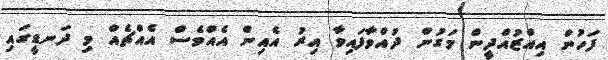
ފަހުން އިއްޒުއްދީން މަގުން ދުއްވާފައިވާ އިރު އެއިން އެއްވެސް އެއްޗެއް މި ދަނޑީގައި